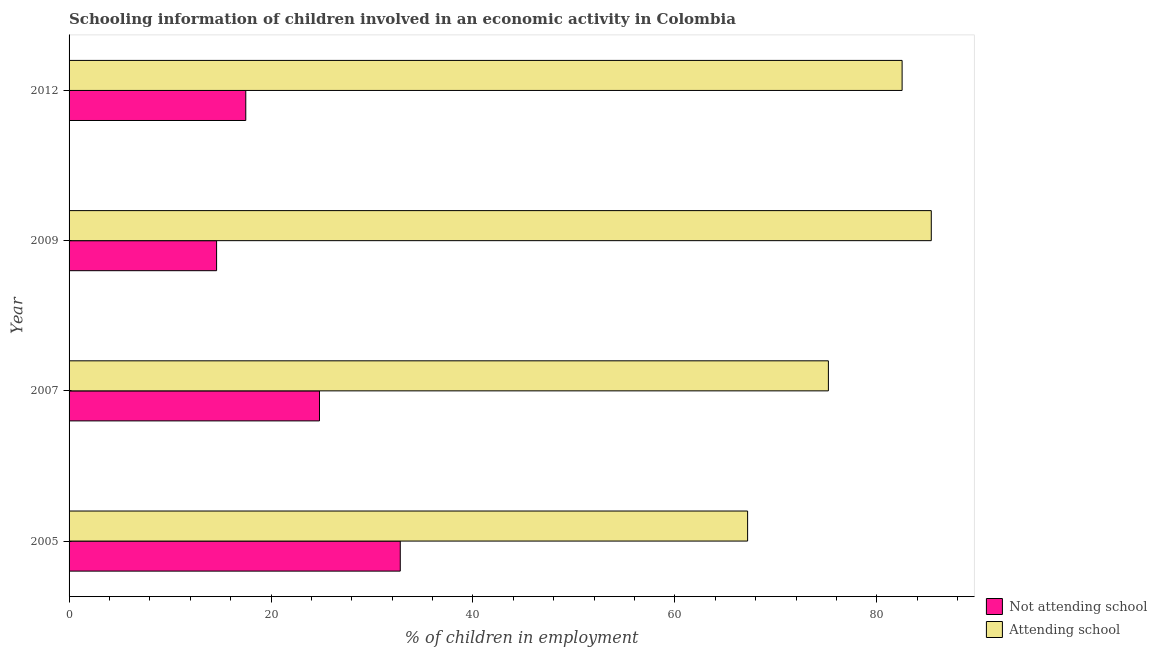
| Year | Not attending school | Attending school |
 | --- | --- | --- |
 | 2005 | 32.8 | 67.2 |
 | 2007 | 24.8 | 75.2 |
 | 2009 | 14.6 | 85.4 |
 | 2012 | 17.5 | 82.5 |